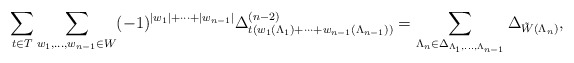
\begin{align*}\sum_{t\in T}\sum_{w_{1},\ldots,w_{n-1}\in W}(-1)^{|w_{1}|+\cdots+|w_{n-1}|}\Delta_{t(w_{1}(\Lambda_{1})+\cdots+w_{n-1}(\Lambda_{n-1}))}^{(n-2)}=\sum_{\Lambda_{n}\in\Delta_{\Lambda_{1},\ldots,\Lambda_{n-1}}}\Delta_{\tilde{W}(\Lambda_{n})},\end{align*}